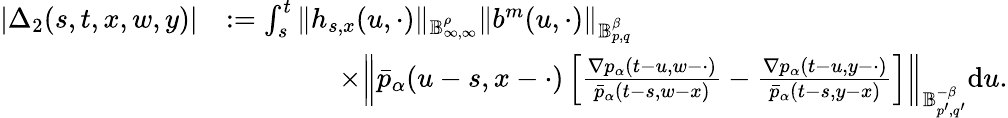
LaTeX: \begin{array}{rl}{|\Delta_{2}(s,t,x,w,y)|}&{:=\int_{s}^{t}\Vert h_{s,x}(u,\cdot)\Vert_{\mathbb{B}_{\infty,\infty}^{\rho}}\Vert b^{m}(u,\cdot)\Vert_{\mathbb{B}_{p,q}^{\beta}}}\\ &{\qquad\qquad\times\left\Vert\bar{p}_{\alpha}(u-s,x-\cdot)\left[\frac{\nabla p_{\alpha}(t-u,w-\cdot)}{\bar{p}_{\alpha}(t-s,w-x)}-\frac{\nabla p_{\alpha}(t-u,y-\cdot)}{\bar{p}_{\alpha}(t-s,y-x)}\right]\right\Vert_{\mathbb{B}_{p^{\prime},q^{\prime}}^{-\beta}}\mathrm{d}u.}\end{array}